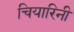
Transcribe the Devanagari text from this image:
चियारिनी